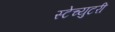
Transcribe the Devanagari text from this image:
स्टेच्युटरी